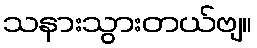
သနားသွားတယ်ဗျ။